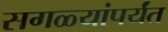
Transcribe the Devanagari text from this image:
सगळ्यांपर्यंत